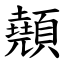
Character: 顤